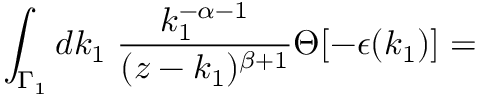
\int _ { { \Gamma } _ { 1 } } d k _ { 1 } \; \frac { k _ { 1 } ^ { - \alpha - 1 } } { ( z - k _ { 1 } ) ^ { \beta + 1 } } \Theta [ - \epsilon ( k _ { 1 } ) ] =